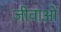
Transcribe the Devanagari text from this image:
जीवाओं